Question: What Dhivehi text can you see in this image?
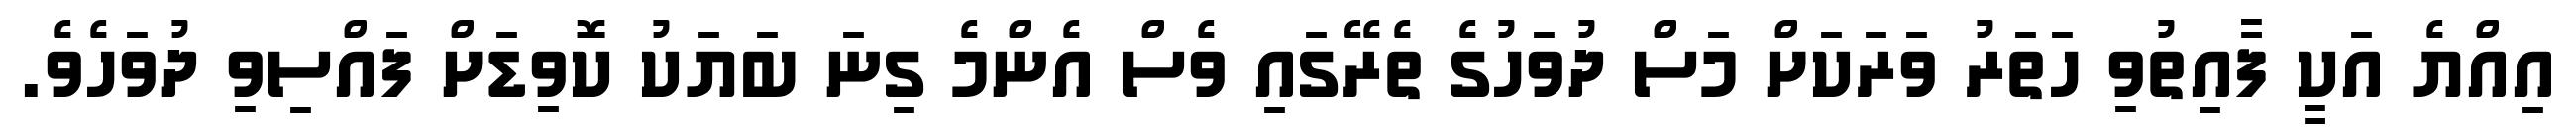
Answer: އިއްޔެ އަކީ ފާއިތުވި ހަތަރު ވަރަކަށް މަސް ދުވަހުގެ ތެރޭގައި ވެސް އެންމެ ގިނަ ބަޔަކު ކޮވިޑަށް ފައްސިވި ދުވަހެވެ.